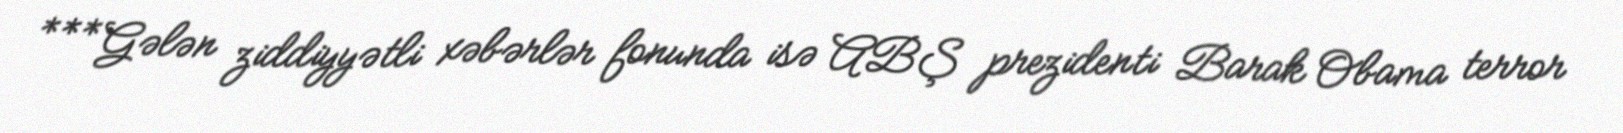
***Gələn ziddiyyətli xəbərlər fonunda isə ABŞ prezidenti Barak Obama terror